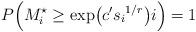
LaTeX: \begin{align*}P\Bigl(M_i^\star\geq \exp\bigl(c'{s_i}^{1/r}\bigr) i\Bigr)=1\end{align*}